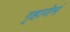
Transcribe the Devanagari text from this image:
गृहाणेमं